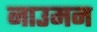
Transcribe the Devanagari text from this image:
नाउमन